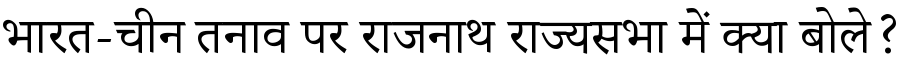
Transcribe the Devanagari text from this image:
भारत-चीन तनाव पर राजनाथ राज्यसभा में क्या बोले?